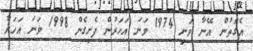
އެގޮތުން އޭނާ ވަނީ 1974 ވަނަ އަަހަރުން ފެށިގެން 1998 ވަނަ އަހަރާ